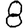
Digit: 8